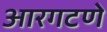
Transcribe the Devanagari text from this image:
आरगटणे